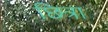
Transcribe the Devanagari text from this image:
छित्रा